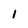
Character: l